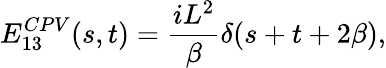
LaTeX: E_{13}^{CPV}(s,t)={\frac{iL^{2}}{\beta}}\delta(s+t+2\beta),